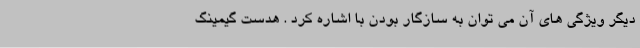
دیگر ویژگی های آن می توان به سازگار بودن با اشاره کرد . هدست گیمینگ